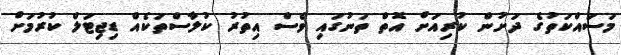
މަސައްކަތުގެ ދަށުން ކުރިއަށް އޮތް ތަނުގައި ވެސް އިތުރު ކުލާސްތަކެއް ޑިޖިޓަލް ކުރުމަށް